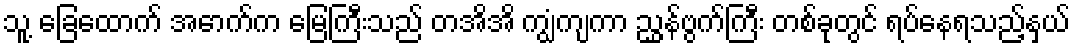
သူ့ ခြေထောက် အောက်က မြေကြီးသည် တအိအိ ကျွံကျကာ ညွှန်ဗွက်ကြီး တစ်ခုတွင် ရပ်နေရသည့်နှယ်